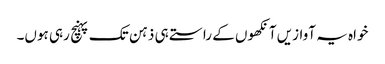
خواہ یہ آوازیں آنکھوں کے راستے ہی ذہن تک پہنچ رہی ہوں۔